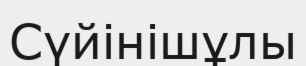
Сүйінішұлы